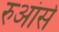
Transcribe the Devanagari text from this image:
रुआंसे